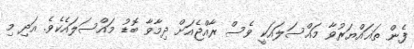
ފެން ތަޣައްޔަރުވާ މައްސަލައަކީ ވެސް ރާއްޖެއަށް ދިމާވާ ބޮޑު މައްސަލައެކެވެ. އަދި މި